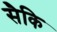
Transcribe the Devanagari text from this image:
सैकि